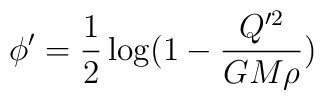
\phi' = \frac{1}{2} \log\bigl(1 - \frac{Q'^2}{GM\rho}\bigr)